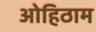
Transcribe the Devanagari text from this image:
ओहिठाम